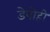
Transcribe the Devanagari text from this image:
डेपोही